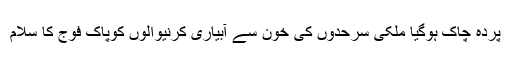
پردہ چاک ہوگیا ملکی سرحدوں کی خون سے آبیاری کرنیوالوں کوپاک فوج کا سلام